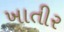
ખાતીર